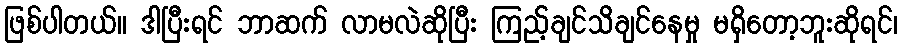
ဖြစ်ပါတယ်။ ဒါပြီးရင် ဘာဆက် လာမလဲဆိုပြီး ကြည့်ချင်သိချင်နေမှု မရှိတော့ဘူးဆိုရင်၊